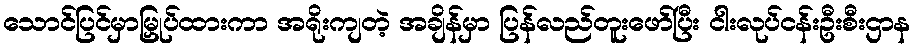
သောင်ပြင်မှာမြှုပ်ထားကာ အရိုးကျတဲ့ အချိန်မှာ ပြန်လည်တူးဖော်ပြီး ငါးလုပ်ငန်းဦးစီးဌာန